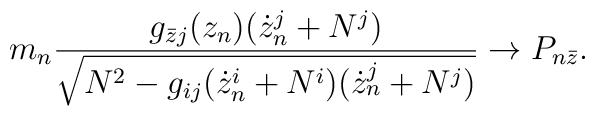
m_n \frac{g_{\bar z j}(z_n)(\dot z^j_n + N^j)}{ \sqrt {N^2 -g_{ij}(\dot z^i_n + N^i )(\dot z^j_n + N^j)}} \rightarrow P_{n\bar z}.